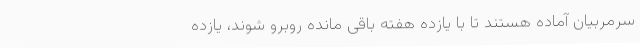
سرمربیان آماده هستند تا با یازده هفته باقی مانده روبرو شوند، یازده